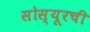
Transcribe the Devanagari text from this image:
सोस्यूरची